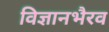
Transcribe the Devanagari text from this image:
विज्ञानभैरव